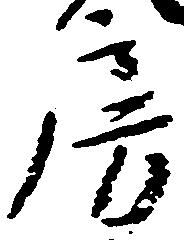
房